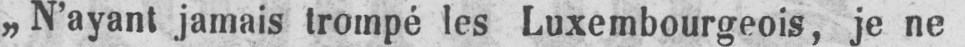
„N’ayant jamais trompé les Luxembourgeois, je ne